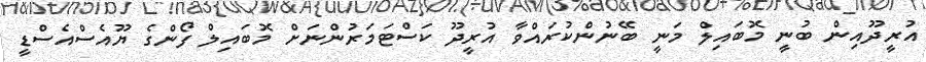
އުރީދޫއިން ބުނީ މޮބައިލް މަނީ ބޭނުންކުރައްވާ އުރީދޫ ކަސްޓަމަރުންނަށް މޮބައިލް ފޯންގެ ޔޫއެސްއެސްޑީ